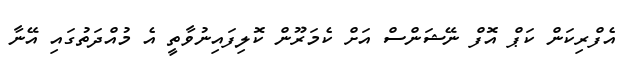
އެފްރިކަން ކަޕް އޮފް ނޭޝަންސް އަށް ކެމަރޫން ކޮލިފައިނުވާތީ އެ މުއްދަތުގައި އޭނާ